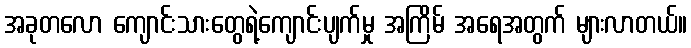
အခုတလော ကျောင်းသားတွေရဲ့ကျောင်းပျက်မှု အကြိမ် အရေအတွက် များလာတယ်။